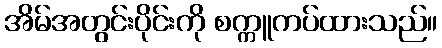
အိမ်အတွင်းပိုင်းကို စက္ကူကပ်ထားသည်။